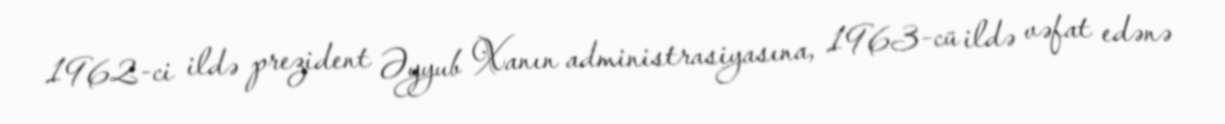
1962-ci ildə prezident Əyyub Xanın administrasiyasına, 1963-cü ildə vəfat edənə